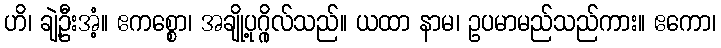
ဟိ၊ ချဲ့ဦးအံ့။ ဧကစ္စော၊ အချို့ပုဂ္ဂိုလ်သည်။ ယထာ နာမ၊ ဥပမာမည်သည်ကား။ ဧကော၊